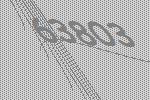
63803